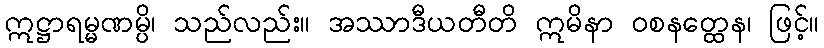
ဣဋ္ဌာရမ္မဏမ္ပိ၊ သည်လည်း။ အဿာဒီယတီတိ ဣမိနာ ဝစနတ္ထေန၊ ဖြင့်။